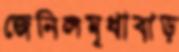
জেনিলমৃধাবাড়